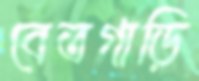
বেতগাড়ি